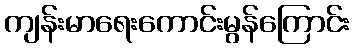
ကျန်းမာရေးကောင်းမွန်ကြောင်း